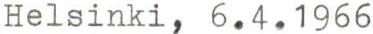
Helsinki, 6.4.1966